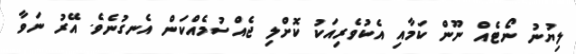
ލިޔުނު ނޯޓެއް ނޫން ކަމާއި އެކުވެރިއަކު ކޮށްލި ޖެއްސުމެއްކަން އެނގުނެވެ. އޭރު ނަވާ